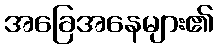
အခြေအနေများ၏